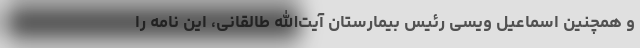
و همچنین اسماعیل ویسی رئیس بیمارستان آیت‌الله طالقانی، این نامه را